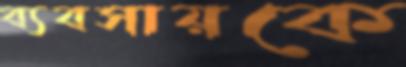
ব্যবসায়কে